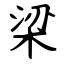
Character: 梁